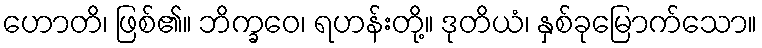
ဟောတိ၊ ဖြစ်၏။ ဘိက္ခဝေ၊ ရဟန်းတို့။ ဒုတိယံ၊ နှစ်ခုမြောက်သော။